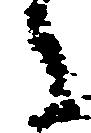
之